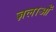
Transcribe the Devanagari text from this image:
ज़लाओं